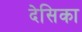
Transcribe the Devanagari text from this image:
देसिका